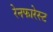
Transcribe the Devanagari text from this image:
रेनफारेस्ट